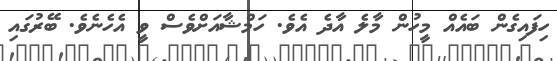
ހިފައިގެން ބައެއް މީހުން މާލެ އާދެ އެވެ. ހަމްޝާއަށްވެސް ވީ އެހެނެވެ. ބޭރުގައި